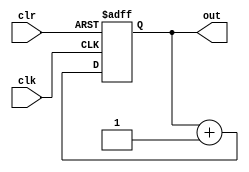
module count4(clk,clr,out);
input clk,clr;
output[3:0] out;
reg[3:0] out;

always @(posedge clk or posedge clr)
begin
if (clr)  out<=0;
else 	  out<=out+1;
end
endmodule